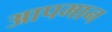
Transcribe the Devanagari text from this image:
आपमान